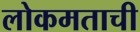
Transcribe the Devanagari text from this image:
लोकमताची